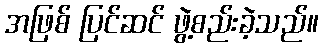
အဖြစ် ပြင်ဆင် ဖွဲ့စည်းခဲ့သည်။